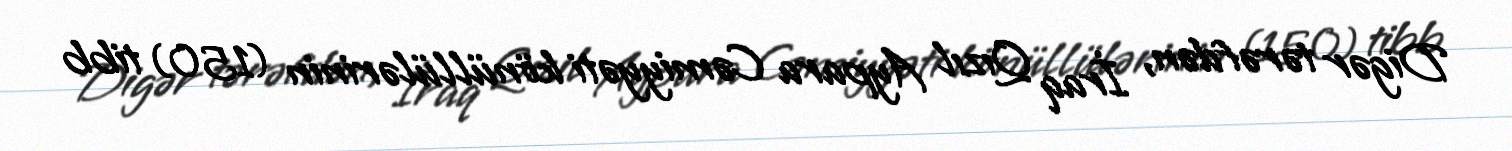
Digər tərəfdən, İraq Qızıl Aypara Cəmiyyəti könüllülərinin (150) tibb